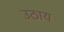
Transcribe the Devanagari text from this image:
उठाय